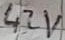
Text: 42V